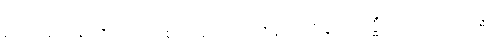
စာတုမဟာရာဇိကေဟိ၊ စတုမာဟာရာဇ်နတ်တို့နှင့်။ သဒ္ဓိံ၊ တကွ။ ဧကဗဒ္ဓံ